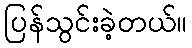
ပြန်သွင်းခဲ့တယ်။